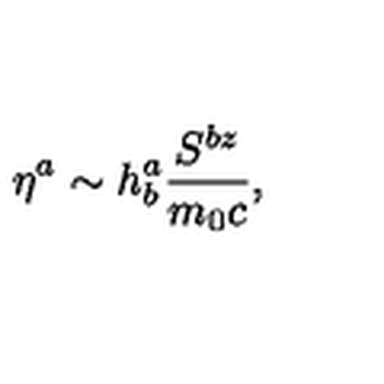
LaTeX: \eta ^ { a } \sim h _ { b } ^ { a } \frac { S ^ { b z } } { m _ { 0 } c } ,